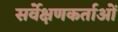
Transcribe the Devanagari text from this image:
सर्वेक्षणकर्ताओं